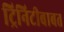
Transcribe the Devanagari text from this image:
ट्रिनिटीबाबत